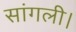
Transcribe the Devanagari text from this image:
सांगली।